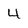
Character: 4